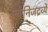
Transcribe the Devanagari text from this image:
खनिजद्रव्ये